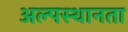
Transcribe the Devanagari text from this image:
अल्पस्थानता